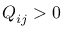
Q _ { i j } > 0